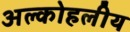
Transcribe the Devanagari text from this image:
अल्कोहलीय